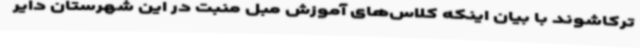
ترکاشوند با بیان اینکه کلاس‌های آموزش مبل منبت در این شهرستان دایر